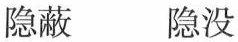
隐蔽 隐没